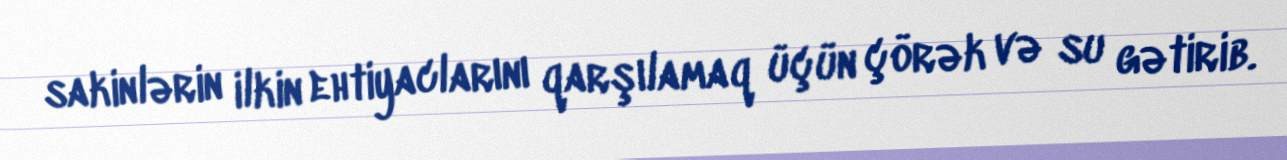
sakinlərin ilkin ehtiyaclarını qarşılamaq üçün çörək və su gətirib.